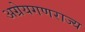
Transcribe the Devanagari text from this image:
अग्रेयगणराज्य